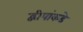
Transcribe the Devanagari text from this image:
द्वीपांकडे